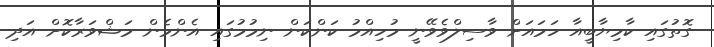
ގޮތުގައި ކާމިޔާބީއާ ހަމައަށް ވާސިލްވެވޭނީ މުހިއްމު ކަންކަން ނިމުމުގައި އެންމެން މަޝްވަރާކޮށް އަދި